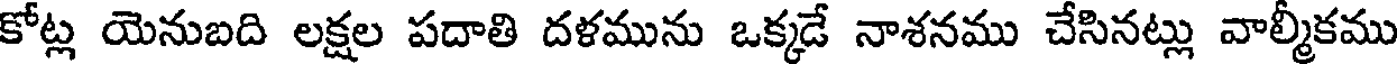
కోట్ల యెనుబది లక్షల పదాతి దళమును ఒక్కడే నాశనము చేసినట్లు వాల్మీకము